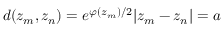
d ( z _ { m } , z _ { n } ) = e ^ { \varphi ( z _ { m } ) / 2 } | z _ { m } - z _ { n } | = a